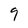
Character: 9